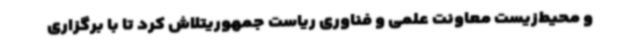
و محیط‌زیست معاونت علمی و فناوری ریاست جمهوریتلاش کرد تا با برگزاری